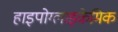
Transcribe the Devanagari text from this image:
हाइपोग्लाइकेमिक